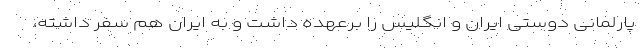
پارلمانی دوستی ایران و انگلیس را برعهده داشت و به ایران هم سفر داشته،